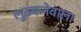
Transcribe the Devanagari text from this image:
लुढ़कनेवाला